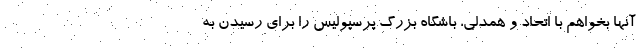
آنها بخواهم با اتحاد و همدلی، باشگاه بزرگ پرسپولیس را برای رسیدن به